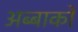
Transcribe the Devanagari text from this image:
अब्बाको